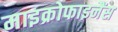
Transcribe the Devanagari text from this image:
माइक्रोफाइनैंस